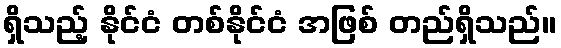
ရှိသည့် နိုင်ငံ တစ်နိုင်ငံ အဖြစ် တည်ရှိသည်။